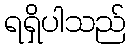
ရရှိပါသည်